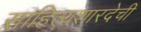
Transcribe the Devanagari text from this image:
साहित्यशारदेची